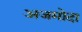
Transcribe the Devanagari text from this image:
अजमोदा